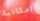
إمكانية